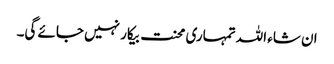
ان شاء اللہ تمہاری محنت بیکار نہیں جائے گی۔